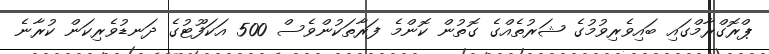
ޕްރޮގްރާމްގައި ބައިވެރިވުމުގެ ޝަރުތެއްގެ ގޮތުން ކޮންމެ ފަރާތަކުންވެސް 500 އަކަފޫޓުގެ ދަނޑުވެރިކަން ކުރާނެ